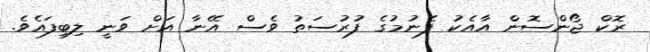
ރޮކް ޖޯންސޮން އާއެކު ފެނުމުގެ ފުރުސަތު ވެސް އޭނާ އަށް ވަނީ ލިބިފައެވެ.